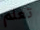
تعلم